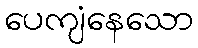
ပေကျံနေသော